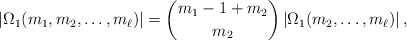
\begin{align*} \left|\Omega_{1}(m_{1},m_{2},\ldots,m_{\ell})\right| =\binom{m_{1}-1+m_{2}}{m_{2}}\left|\Omega_{1}(m_{2},\ldots,m_{\ell})\right|, \end{align*}